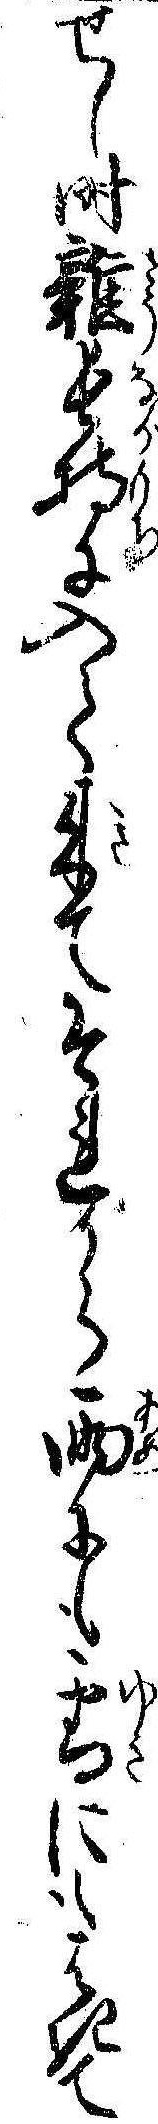
せし時雑長持に入て来てそれから雨にも雪にもはきて